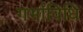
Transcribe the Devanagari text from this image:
गर्भाविधि